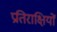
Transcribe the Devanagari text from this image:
प्रतिराक्षियों